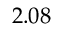
2 . 0 8